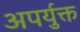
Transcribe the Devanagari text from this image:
अपर्युक्त